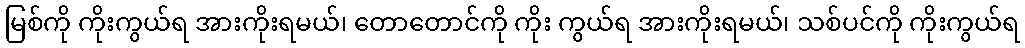
မြစ်ကို ကိုးကွယ်ရ အားကိုးရမယ်၊ တောတောင်ကို ကိုး ကွယ်ရ အားကိုးရမယ်၊ သစ်ပင်ကို ကိုးကွယ်ရ